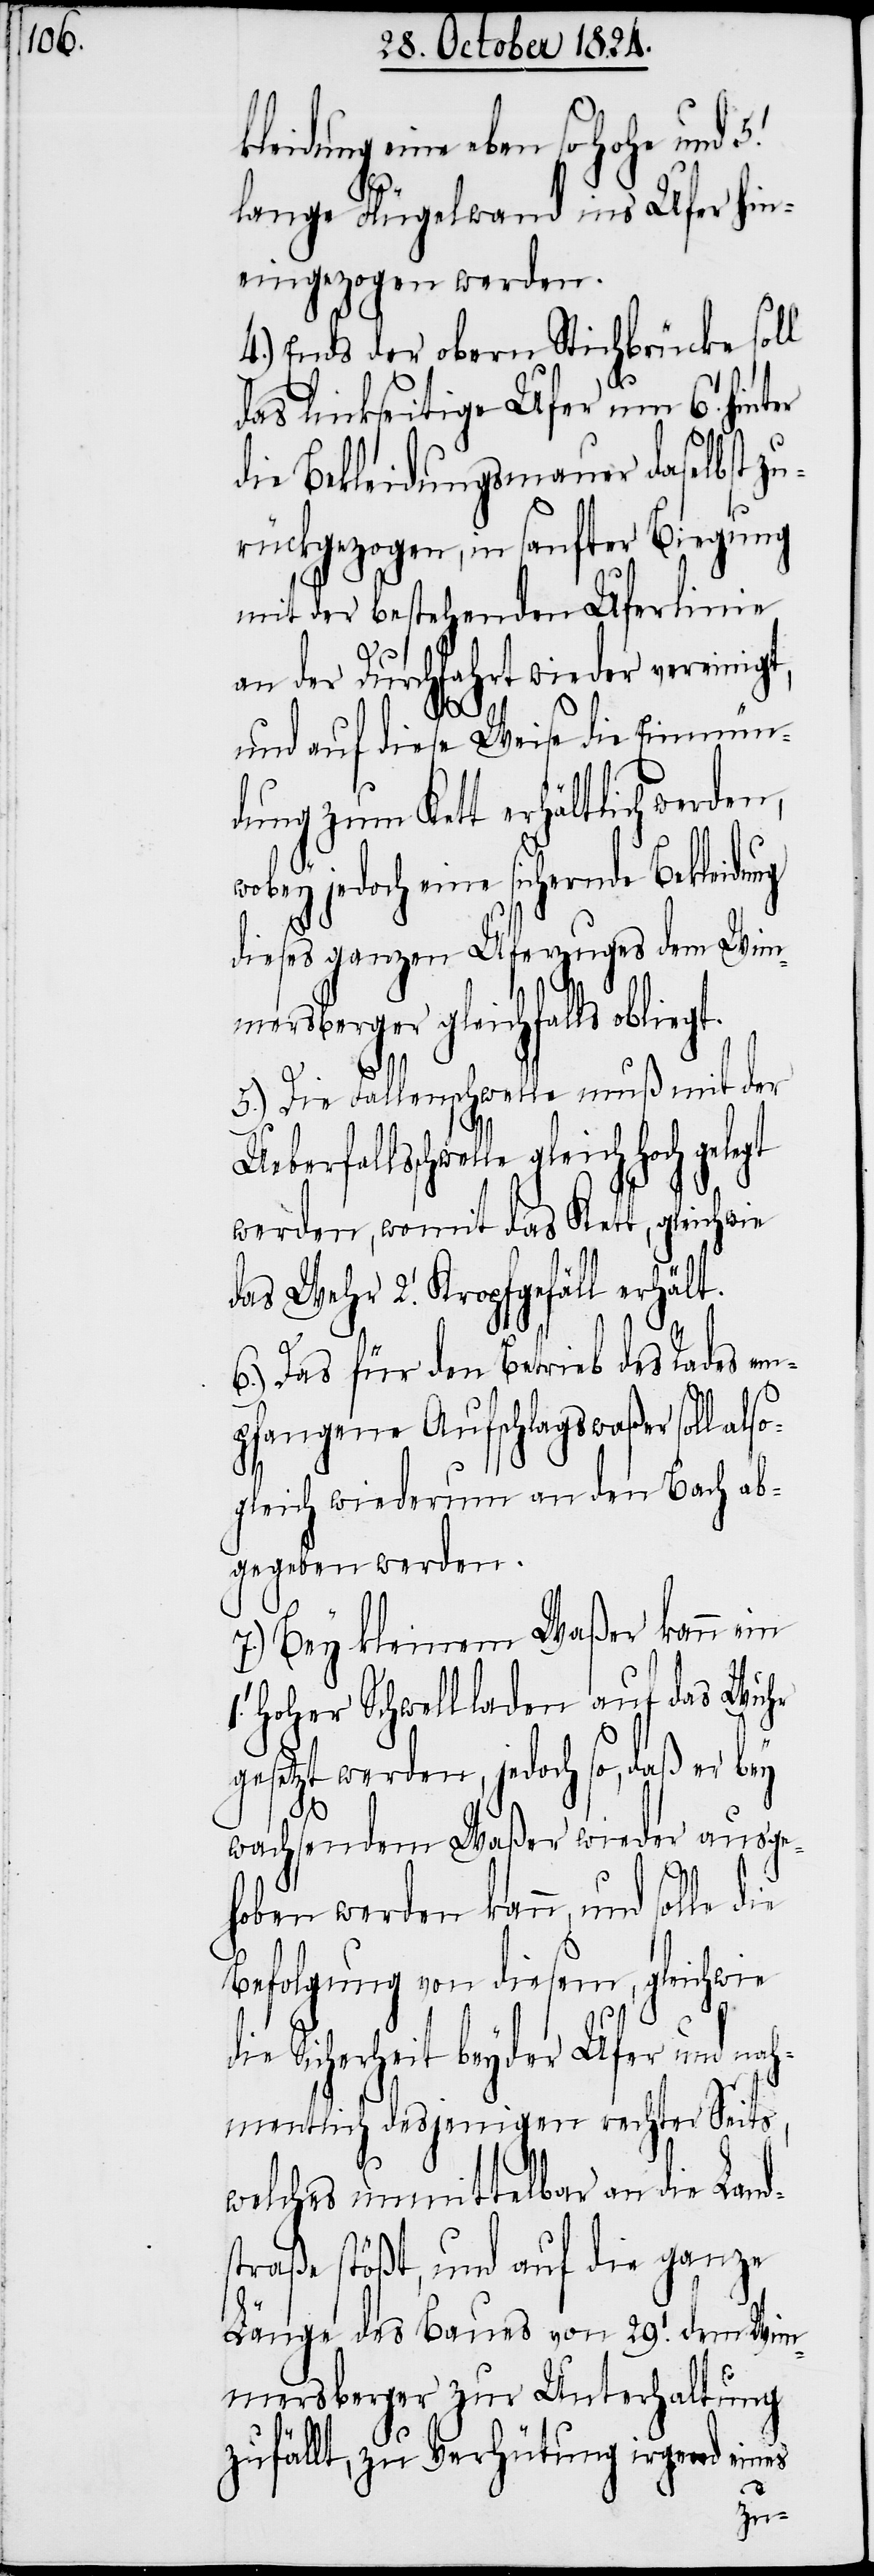
eine eben so hohe und
lange Flügelwand ins Ufer hin¬
eingezogen werden.
4.) Ends der obern Stickbrücke soll
das linkseitige Ufer um 6. [Fuß]
die Bekleidungsmauer daselbst z¬
urückgezogen, in sanfter Biegung
mit der bestehenden Uferlinie
an der Durchfahrt wieder vereinigt,
o¬
und auf diese Weise die Einmün¬
dung zum Kett erhältlich werden,
wobey jedoch eine sichernde Bekleidung
dieses ganzen Uferzuges dem Wim¬
mersberger gleichfalls obliegt.
5.) Die Fallenschwelle muß mit der
lle gleich Hoch gelegt
werden, womit das Kett, gleichwie
2. [Fuß] Kropfgefäll erhält.
6.) Das für den Betrieb des Rades em¬
pfangene Aufschlagswaßer soll als¬
gleich wiederum an den Bach ab¬
gegeben werden.
7.) Bey kleinem Waßer kann ein
Hoher Schwellladen auf das Wuhr
gesetzt werden, jedoch so, daß er bey
wachsendem Waßer wieder ausge¬
1.
hoben werden kann, und solle die
Befolgung von diesem, gleichwie
die Sicherheit beyder Ufer und nah¬
mentlich desjenigen rechter Seits,
welches unmittelbar an die Land¬
straße stößt, und auf die ganze
Länge es Baues von 29. [Fuß] dem
Wimmersberger zur Unterhaltung
zufällt, zu Verhütung irgend eines
5.